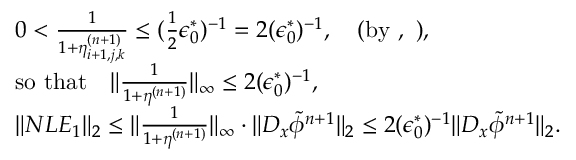
\begin{array} { r l } & { 0 < \frac { 1 } { 1 + \eta _ { i + 1 , j , k } ^ { ( n + 1 ) } } \le ( \frac { 1 } { 2 } \epsilon _ { 0 } ^ { * } ) ^ { - 1 } = 2 ( \epsilon _ { 0 } ^ { * } ) ^ { - 1 } , \quad \mathrm { ( b y ~ , ~ ) } , } \\ & { \mathrm { s o ~ t h a t } \quad \| \frac { 1 } { 1 + \eta ^ { ( n + 1 ) } } \| _ { \infty } \le 2 ( \epsilon _ { 0 } ^ { * } ) ^ { - 1 } , } \\ & { \| { \cal N L E } _ { 1 } \| _ { 2 } \le \| \frac { 1 } { 1 + \eta ^ { ( n + 1 ) } } \| _ { \infty } \cdot \| D _ { x } \tilde { \phi } ^ { n + 1 } \| _ { 2 } \le 2 ( \epsilon _ { 0 } ^ { * } ) ^ { - 1 } \| D _ { x } \tilde { \phi } ^ { n + 1 } \| _ { 2 } . } \end{array}